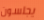
يجلسون